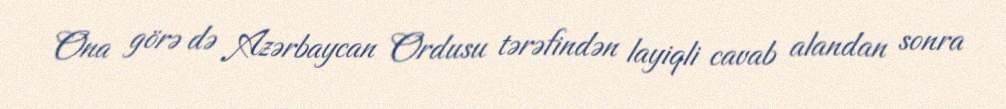
Ona görə də Azərbaycan Ordusu tərəfindən layiqli cavab alandan sonra